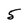
Character: 5